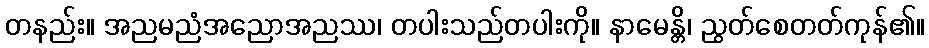
တနည်း။ အညမညံအညောအညဿ၊ တပါးသည်တပါးကို။ နာမေန္တိ၊ ညွတ်စေတတ်ကုန်၏။